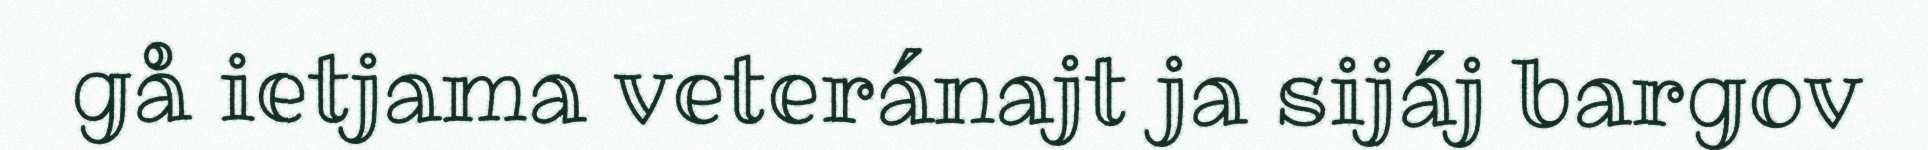
gå ietjama veteránajt ja sijáj bargov